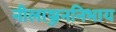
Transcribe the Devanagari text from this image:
नीलाञ्जननिभाय